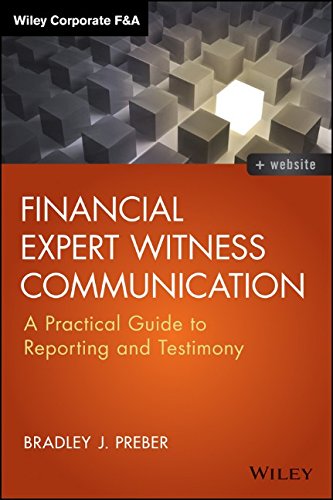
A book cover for Financial Expert Witness Communication: A Practical Guide to Reporting and Testimony (Wiley Corporate F&A); Bradley J. Preber; Law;